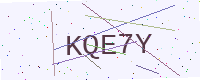
Text: KQE7Y